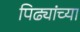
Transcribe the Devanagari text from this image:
पिढ्यांच्‍या